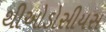
થીઓડોસીયસ